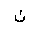
Letter: _non